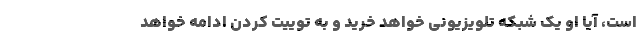
است، آیا او یک شبکه تلویزیونی خواهد خرید و به توییت کردن ادامه خواهد